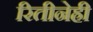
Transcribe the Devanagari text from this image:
रितीनेही